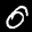
Label: 0